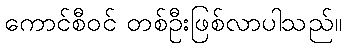
ကောင်စီဝင် တစ်ဦးဖြစ်လာပါသည်။